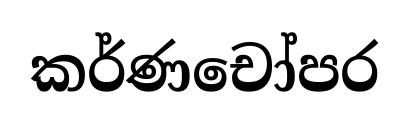
කර්ණචෝපර